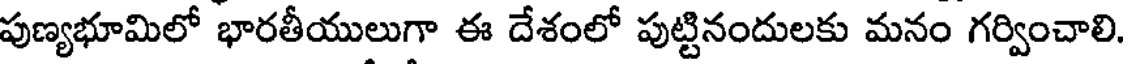
పుణ్యభూమిలో భారతీయులుగా ఈ దేశంలో పుట్టినందులకు మనం గర్వించాలి